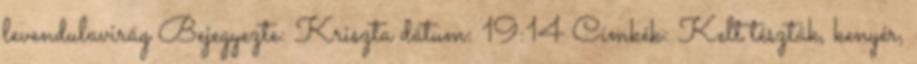
levendulavirág Bejegyezte: Kriszta dátum: 19:14 Címkék: Kelt tészták, kenyér,